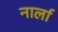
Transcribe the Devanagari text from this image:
नार्ला